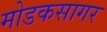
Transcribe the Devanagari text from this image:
मोडकसागर